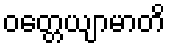
ဝတ္တေယျာမာတိ